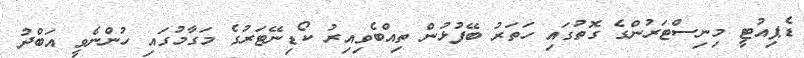
ޑެޕިއުޓީ މިނިސްޓަރުންގެ ގޮތުގައި ހަތަރު ބޭފުޅުން ތިއްބެވިއިރު ކޯޑިނޭޓަރުގެ މަގާމުގައި ހުންނެވީ އަބްދު